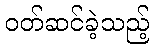
ဝတ်ဆင်ခဲ့သည့်